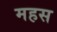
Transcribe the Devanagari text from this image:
महस